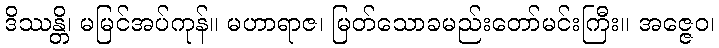
ဒိဿန္တိ၊ မမြင်အပ်ကုန်။ မဟာရာဇ၊ မြတ်သောခမည်းတော်မင်းကြီး။ အဇ္ဇေဝ၊